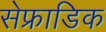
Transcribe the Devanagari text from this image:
सेफ्राडिक